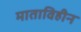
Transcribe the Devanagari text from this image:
माताविहीन